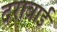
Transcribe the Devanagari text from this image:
दराबाई